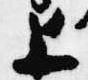
上